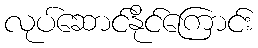
လုပ်ဆောင်နိုင်ကြောင်း